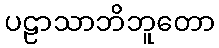
ပဠာသာဘိဘူတော